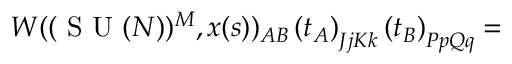
W ( ( \textrm { S U } ( N ) ) ^ { M } , x ( s ) ) _ { A B } \left( t _ { A } \right) _ { J j K k } \left( t _ { B } \right) _ { P p Q q } =